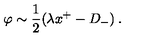
\: \varphi \sim \frac { 1 } { 2 } ( \lambda x ^ { + } - D _ { - } ) \: .